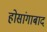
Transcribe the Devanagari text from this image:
होसांगाबाद